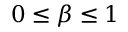
0 \leq \beta \leq 1